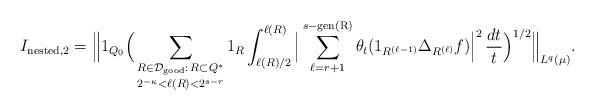
LaTeX: \begin{align*}I_{\textup{nested}, 2} = \Big\| 1_{Q_0} \Big( \mathop{\sum_{R \in \mathcal{D}_{\textup{good}}:\, R \subset Q^*}}_{2^{-\kappa} < \ell(R) < 2^{s-r}} 1_{R} \int_{\ell(R)/2}^{\ell(R)} \Big| \mathop{\sum_{\ell=r+1}^{s-\textup{gen(R)}}} \theta_t (1_{R^{(\ell-1)}}\Delta_{R^{(\ell)}} f) \Big|^2\, \frac{dt}{t}\Big)^{1/2} \Big\|_{L^q(\mu)}.\end{align*}